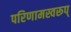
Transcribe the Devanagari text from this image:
परिणामस्वरूप्